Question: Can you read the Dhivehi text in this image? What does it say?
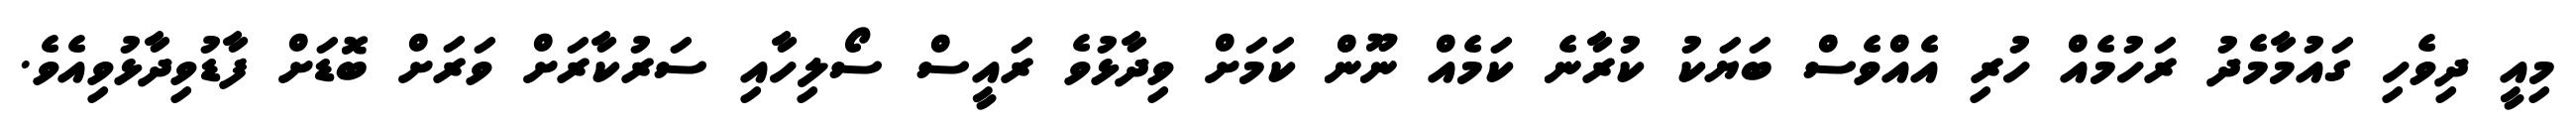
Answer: މިއީ ދިވެހި ގައުމާމެދު ރަހުމެއް ހުރި އެއްވެސް ބަޔަކު ކުރާނެ ކަމެއް ނޫން ކަމަށް ވިދާޅުވެ ރައީސް ސޯލިހާއި ސަރުކާރަށް ވަރަށް ބޮޑަށް ފާޑުވިދާޅުވިއެވެ.